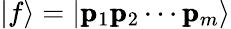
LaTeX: |f\rangle=|\pmb{\mathrm{p}}_{1}\pmb{\mathrm{p}}_{2}\cdots\pmb{\mathrm{p}}_{m}\rangle